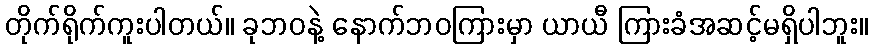
တိုက်ရိုက်ကူးပါတယ်။ ခုဘဝနဲ့ နောက်ဘဝကြားမှာ ယာယီ ကြားခံအဆင့်မရှိပါဘူး။